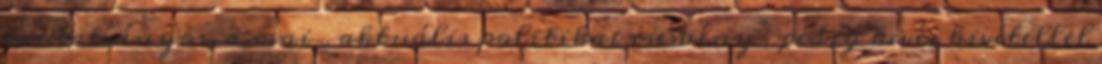
mutatványos, a mai „aktuális politikai esemény” pedig kevés kivétellel